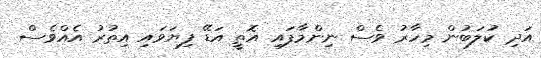
އަދި ކުލަބުން މިހާރު ވެސް ނިންމާފައި އޮތީ އަޑޭ ފިޔަވައި އިތުރު އެއްވެސް